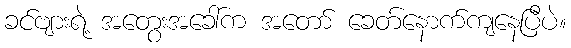
ခင်ဗျားရဲ့ အတွေးအခေါ်က အတော် ခေတ်နောက်ကျနေပြီပဲ။